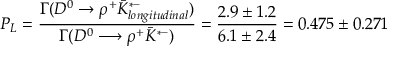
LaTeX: P _ { L } = { \frac { \Gamma ( D ^ { 0 } \rightarrow \rho ^ { + } \bar { K } _ { l o n g i t u d i n a l } ^ { * - } ) } { \Gamma ( D ^ { 0 } \longrightarrow \rho ^ { + } \bar { K } ^ { * - } ) } } = { \frac { 2 . 9 \pm 1 . 2 } { 6 . 1 \pm 2 . 4 } } = 0 . 4 7 5 \pm 0 . 2 7 1